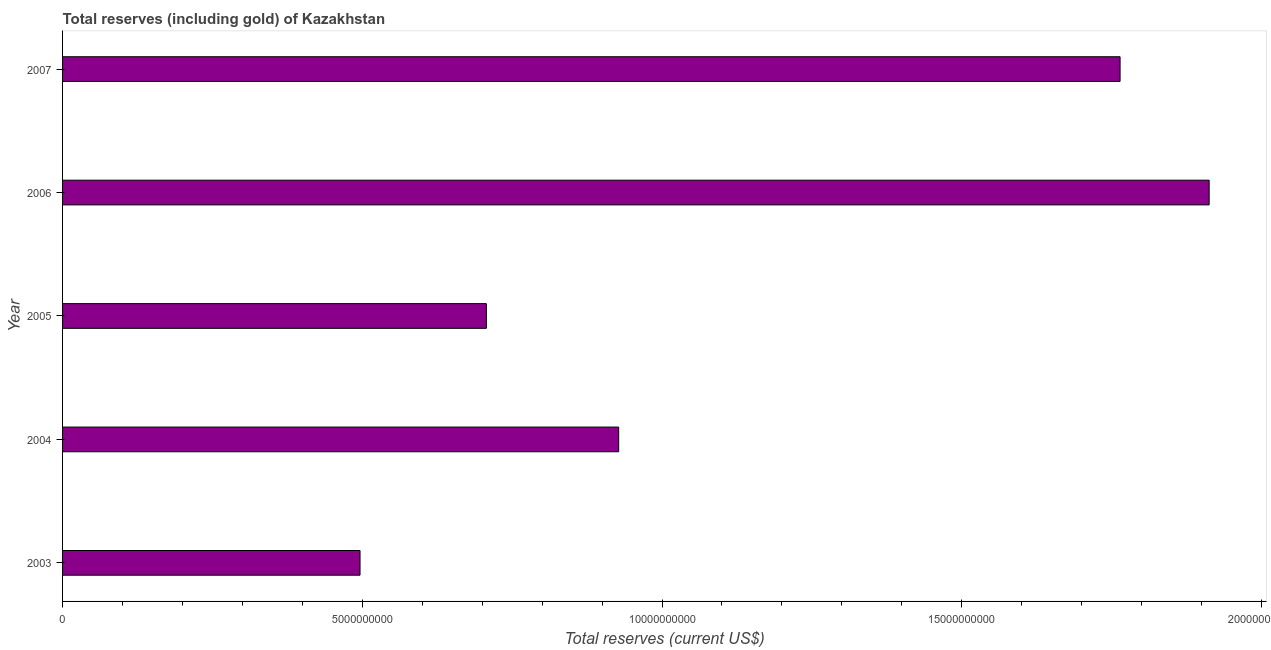
| Year | Total reserves (includes gold |
 | --- | --- |
 | 2003 | 4.96e+09 |
 | 2004 | 9.28e+09 |
 | 2005 | 7.07e+09 |
 | 2006 | 1.91e+10 |
 | 2007 | 1.76e+10 |